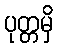
ပုတ္တမှိ